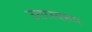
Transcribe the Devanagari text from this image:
उत्तरस्वरूप